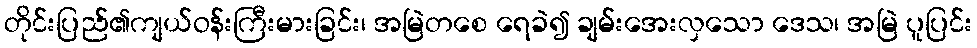
တိုင်းပြည်၏ကျယ်ဝန်းကြီးမားခြင်း၊ အမြဲတစေ ရေခဲ၍ ချမ်းအေးလှသော ဒေသ၊ အမြဲ ပူပြင်း